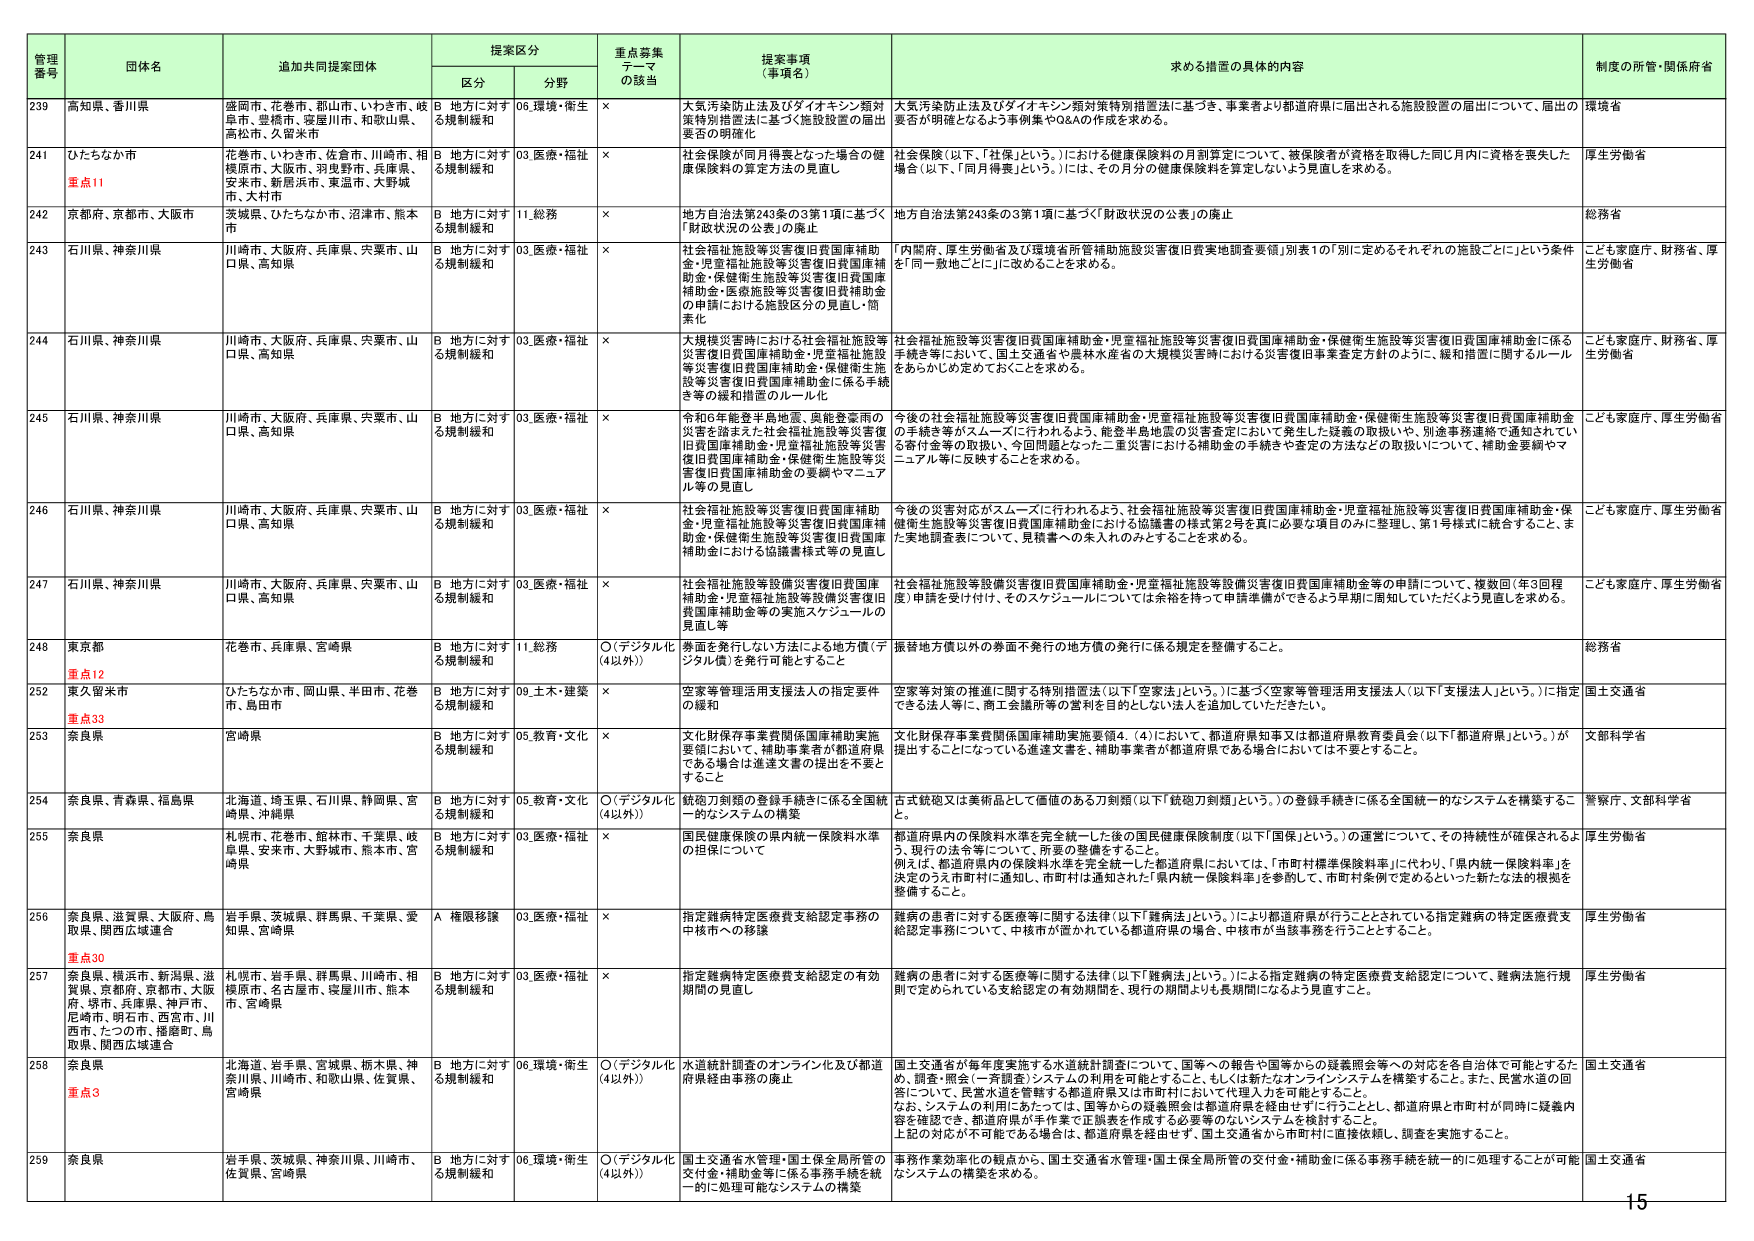
管理番号 団体名 追加共同提案団体 提案区分 重点募集テーマの該当 提案事項（事項名） 求める措置の具体的内容 制度の所管・関係府省
区分 分野
239 高知県、香川県 盛岡市、花巻市、郡山市、いわき市、岐阜市、豊橋市、寝屋川市、和歌山県、高松市、久留米市 B 地方に対する規制緩和 06.環境・衛生 × 大気汚染防止法及びダイオキシン類対策特別措置法に基づき、事業者より都道府県に届出される施設設置の届出について、届出の要否が明確となるよう事例集やQ&Aの作成を求める。 環境省
241 ひたちなか市 重点11 花巻市、いわき市、佐倉市、川崎市、相模原市、大阪市、羽曳野市、兵庫県、安来市、新居浜市、東温市、大野城 市、大村市 B 地方に対する規制緩和 03.医療・福祉 × 社会保険が同月得喪となった場合の健康保険料の算定方法の見直し 社会保険（以下、「社保」という。）における健康保険料の月割算定について、被保険者が資格を取得した同じ月内に資格を喪失した場合（以下、「同月得喪」という。）には、その月分の健康保険料を算定しないよう見直しを求める。 厚生労働省
242 京都府、京都市、大阪市 茨城県、ひたちなか市、沼津市、熊本市 B 地方に対する規制緩和 11.総務 × 地方自治法第243条の3第1項に基づく「財政状況の公表」の廃止 地方自治法第243条の3第1項に基づく「財政状況の公表」の廃止 総務省
243 石川県、神奈川県 川崎市、大阪府、兵庫県、宍粟市、山口県、高知県 B 地方に対する規制緩和 03.医療・福祉 × 社会福祉施設等災害復旧費国庫補助金・児童福祉施設等災害復旧費国庫補助金・保健衛生施設等災害復旧費国庫補助金・医療施設等災害復旧費補助金の申請における施設区分の見直し・簡素化 「内閣府、厚生労働省及び環境省所管補助施設災害復旧費実地調査要領」別表1の「別に定めるそれぞれの施設ごとに」という条件を「同一敷地ごとに」に改めることを求める。 こども家庭庁、財務省、厚生労働省
244 石川県、神奈川県 川崎市、大阪府、兵庫県、宍粟市、山口県、高知県 B 地方に対する規制緩和 03.医療・福祉 × 大規模災害時における社会福祉施設等災害復旧費国庫補助金・児童福祉施設等災害復旧費国庫補助金・保健衛生施設等災害復旧費国庫補助金・医療施設等災害復旧費国庫補助金に係る手続き等の緩和措置のルール化 社会福祉施設等災害復旧費国庫補助金・児童福祉施設等災害復旧費国庫補助金・保健衛生施設等災害復旧費国庫補助金に係る手続き等において、国土交通省や農林水産省の大规模災害時における災害復旧事業査定方針のように、緩和措置に関するルールをあらかじめ定めておくことを求める。 こども家庭庁、財務省、厚生労働省
245 石川県、神奈川県 川崎市、大阪府、兵庫県、宍粟市、山口県、高知県 B 地方に対する規制緩和 03.医療・福祉 × 令和6年能登半島地震、異能登豪雨の災害を踏まえた社会福祉施設等災害復旧費国庫補助金・児童福祉施設等災害復旧費国庫補助金・保健衛生施設等災害復旧費国庫補助金の要綱やマニュアル等の見直し 今後の社会福祉施設等災害復旧費国庫補助金・児童福祉施設等災害復旧費国庫補助金・保健衛生施設等災害復旧費国庫補助金の手続き等がスムーズに行われるよう、能登半島地震の災害査定において発生した疑義の取扱いや、別途事務連絡で通知されている割付金等の取扱い、今回問題となった二重災害における補助金の手続きや査定の方法などの取扱いについて、補助金要綱やマニュアル等に反映することを求める。 こども家庭庁、厚生労働省
246 石川県、神奈川県 川崎市、大阪府、兵庫県、宍粟市、山口県、高知県 B 地方に対する規制緩和 03.医療・福祉 × 社会福祉施設等災害復旧費国庫補助金・児童福祉施設等災害復旧費国庫補助金・保健衛生施設等災害復旧費国庫補助金における協議書様式等の見直し 今後の災害対応がスムーズに行われるよう、社会福祉施設等災害復旧費国庫補助金・児童福祉施設等災害復旧費国庫補助金・保健衛生施設等災害復旧費国庫補助金における協議書の様式第2号を真に必要な項目のみに整理し、第1号様式に統合すること、また実地調査表について、見積書への未入れのみすることを求める。 こども家庭庁、厚生労働省
247 石川県、神奈川県 川崎市、大阪府、兵庫県、宍粟市、山口県、高知県 B 地方に対する規制緩和 03.医療・福祉 × 社会福祉施設等設備災害復旧費国庫補助金・児童福祉施設等設備災害復旧費国庫補助金・保健衛生施設等設備災害復旧費国庫補助金等の実施スケジュールの見直し等 社会福祉施設等設備災害復旧費国庫補助金・児童福祉施設等設備災害復旧費国庫補助金等の申請について、複数回（年3回程度）申請を受け付け、そのスケジュールについては余裕を持って申請準備ができるよう早期に周知していただくよう見直しを求める。 こども家庭庁、厚生労働省
248 東京都 重点12 花巻市、兵庫県、宮崎県 B 地方に対する規制緩和 11.総務 ○（デジタル化（4以外）） 弊面を発行しない方法による地方債（デジタル債）を発行可能とすること 据替地方債以外の券面不発行の地方債の発行に係る規定を整備すること。 総務省
252 東久留米市 重点33 ひたちなか市、岡山県、半田市、花巻市、島田市 B 地方に対する規制緩和 09.土木・建築 × 空家等管理活用支援法人の指定要件の緩和 空家等対策の推進に関する特別措置法（以下「空家法」という。）に基づく空家等管理活用支援法人（以下「支援法人」という。）に指定できる法人等に、商工会議所等の営利を目的としない法人を追加していただきたい。 国土交通省
253 奈良県 宮崎県 B 地方に対する規制緩和 05.教育・文化 × 文化財保存事業費関係国庫補助実施要領において、補助事業者が都道府県である場合は達達文書の提出を不要とすること 文化財保存事業費関係国庫補助実施要領4．(4)において、都道府県知事又は都道府県教育委員会（以下「都道府県」という。）が提出することになっている達達文書を、補助事業者が都道府県である場合においては不要とすること。 文部科学省
254 奈良県、青森県、福島県 北海道、埼玉県、石川県、静岡県、宮崎県、沖縄県 B 地方に対する規制緩和 05.教育・文化 ○（デジタル化（4以外）） 銃砲刀剣類の登録手続きに係る全国統一的なシステムの構築 古式銃砲又は美術品として価値のある刀剣類（以下「銃砲刀剣類」という。）の登録手続きに係る全国統一的なシステムを構築すること。 警察庁、文部科学省
255 奈良県 札幌市、花巻市、館林市、千葉県、岐阜県、安来市、大野城市、熊本市、宮崎県 B 地方に対する規制緩和 03.医療・福祉 × 国民健康保険の県内統一保険料水準の担保について 都道府県内の保険料水準を完全統一した後の国民健康保険制度（以下「国保」という。）の運営について、その持続性が確保されるよう、現行の法令等について、所要の整備をすること。 例えば、都道府県内の保険料水準を完全統一した都道府県においては、「市町村標準保険料率」に代わり、「県内統一保険料率」を決定のうえ市町村に通知し、市町村は通知された「県内統一保険料率」を参照して、市町村条例で定めるといった新たな法的根拠を整備すること。 厚生労働省
256 奈良県、滋賀県、大阪府、鳥取県、関西広域連合 岩手県、茨城県、群馬県、千葉県、愛知県、宮崎県 A 権限移譲 03.医療・福祉 × 指定難病特定医療費支給認定事務の中核市への移譲 難病の患者に対する医療等に関する法律（以下「難病法」という。）により都道府県が行うこととされている指定難病の特定医療費支給認定事務について、中核市が置かれている都道府県の場合、中核市が当該事務を行うこととする。 厚生労働省
257 奈良県、横浜市、新潟県、滋賀県、京都市、京都市、大阪府、堺市、兵庫県、神戸市、尼崎市、明石市、西宮市、川西市、たつの市、福岡町、鳥取県、関西広域連合 重点30 札幌市、岩手県、群馬県、川崎市、相模原市、名古屋市、寝屋川市、熊本市、宮崎県 B 地方に対する規制緩和 03.医療・福祉 × 指定難病特定医療費支給認定の有効期間の見直し 難病の患者に対する医療等に関する法律（以下「難病法」という。）による指定難病の特定医療費支給認定について、難病法施行規則で定められている支給認定の有効期間を、現行の期間よりも長期間になるよう見直すこと。 厚生労働省
258 奈良県 重点3 北海道、岩手県、宮城県、栃木県、神奈川県、川崎市、和歌山県、佐賀県、宮崎県 B 地方に対する規制緩和 06.環境・衛生 ○（デジタル化（4以外）） 水道統計調査のオンライン化及び都道府県経由事務の廃止 国土交通省が毎年度実施する水道統計調査について、国等への報告や国等からの疑義照会等への対応を各自治体で可能とするため、調査・照会（一斉調査）システムの利用を可能とすること。もしくは新たなオンラインシステムを構築すること。また、民営水道の回答について、民営水道を管轄する都道府県又は市町村において代理人力を可能とすること。なお、システムの利用にあたっては、国等からの疑義照会は都道府県を経由せずに行うこととし、都道府県と市町村が同時に疑義内容を確認でき、都道府県が手作業で正誤表を作成する必要等のないシステムを検討すること。上記の対応が不可能である場合は、都道府県を経由せず、国土交通省から市町村に直接依頼し、調査を実施すること。 国土交通省
259 奈良県 岩手県、茨城県、神奈川県、川崎市、佐賀県、宮崎県 B 地方に対する規制緩和 06.環境・衛生 ○（デジタル化（4以外）） 国土交通省水管理・国土保全局所管の交付金・補助金等に係る事務手続を統一的に処理可能なシステムの構築 事務作業効率化の観点から、国土交通省水管理・国土保全局所管の交付金・補助金に係る事務手続を統一的に処理することが可能なシステムの構築を求める。 国土交通省
15